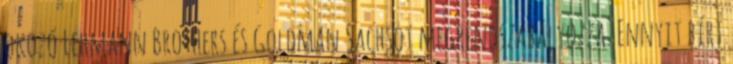
okozó Lehmann Brothers és Goldman Sachsot megrendszabályozza. Ennyit bírt